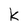
Character: k